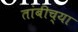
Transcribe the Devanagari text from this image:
तांबीच्या